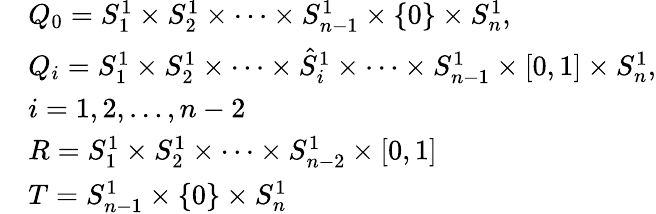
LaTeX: \begin{array}{rl}&{Q_{0}=S_{1}^{1}\times S_{2}^{1}\times\dots\times S_{n-1}^{1}\times\lbrace 0\rbrace\times S_{n}^{1},}\\ &{Q_{i}=S_{1}^{1}\times S_{2}^{1}\times\dots\times\hat{S}_{i}^{1}\times\dots\times S_{n-1}^{1}\times\lbrack 0,1\rbrack\times S_{n}^{1},}\\ &{i=1,2,\dots,n-2}\\ &{R=S_{1}^{1}\times S_{2}^{1}\times\dots\times S_{n-2}^{1}\times\lbrack 0,1\rbrack}\\ &{T=S_{n-1}^{1}\times\lbrace 0\rbrace\times S_{n}^{1}}\end{array}